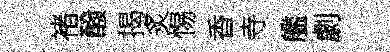
褚醱揭炙惕香寺艦劇